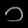
Digit: ၁